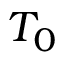
T _ { 0 }